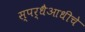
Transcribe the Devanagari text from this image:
स्पर्धैआधीचे